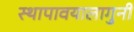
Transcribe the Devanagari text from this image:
स्थापावयालागुनी